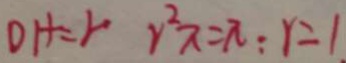
D H = r r ^ { 2 } \pi = \pi : r = 1